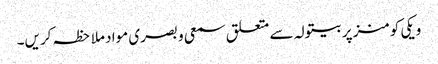
ویکی کومنز پر بیتولہ سے متعلق سمعی و بصری مواد ملاحظہ کریں۔